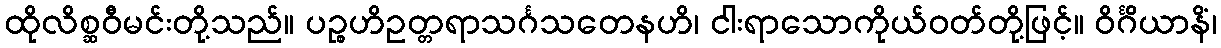
ထိုလိစ္ဆဝီမင်းတို့သည်။ ပဉ္စဟိဥတ္တရာသင်္ဂသတေနဟိ၊ ငါးရာသောကိုယ်ဝတ်တို့ဖြင့်။ ဝိင်္ဂိယာနိံ၊